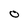
Character: O